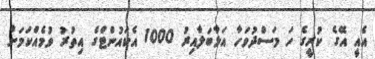
އެއީ އޭގެ ކުރީގެ ހަ މަސްދުވަހާ އަޅާބަލާއިރު 1000 އެކައުންޓްގެ އިތުރު ވުމެއްކަމަށް